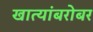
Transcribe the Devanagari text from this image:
खात्यांबरोबर